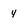
Character: 4